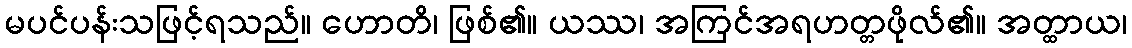
မပင်ပန်းသဖြင့်ရသည်။ ဟောတိ၊ ဖြစ်၏။ ယဿ၊ အကြင်အရဟတ္တဖိုလ်၏။ အတ္ထာယ၊